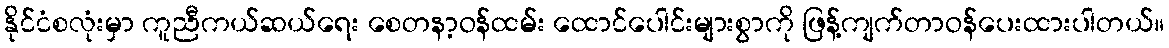
နိုင်ငံစလုံးမှာ ကူညီကယ်ဆယ်ရေး စေတနာ့ဝန်ထမ်း ထောင်ပေါင်းများစွာကို ဖြန့်ကျက်တာဝန်ပေးထားပါတယ်။